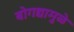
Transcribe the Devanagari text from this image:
बोगद्यामुळे